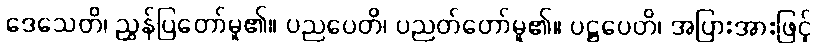
ဒေသေတိ၊ ညွှန်ပြတော်မူ၏။ ပညပေတိ၊ ပညတ်တော်မူ၏။ ပဋ္ဌပေတိ၊ အပြားအားဖြင့်